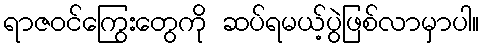
ရာဇဝင်ကြွေးတွေကို ဆပ်ရမယ့်ပွဲဖြစ်လာမှာပါ။